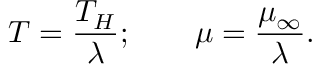
T = { \frac { T _ { H } } { \lambda } } ; \qquad \mu = { \frac { \mu _ { \infty } } { \lambda } } .